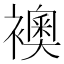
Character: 襖